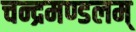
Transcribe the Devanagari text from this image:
चन्द्रमण्डलम्